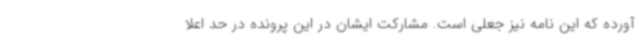
آورده که این نامه نیز جعلی است. مشارکت ایشان در این پرونده در حد اعلا